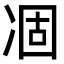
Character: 凅